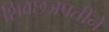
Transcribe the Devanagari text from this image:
शिवछञपतींने